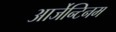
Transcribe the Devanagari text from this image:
आर्जेन्टिनम